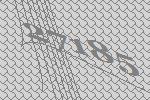
27185